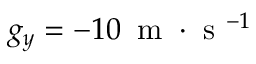
g _ { y } = - 1 0 \, \mathrm { ~ m ~ } \cdot \mathrm { ~ s ~ } ^ { - 1 }